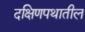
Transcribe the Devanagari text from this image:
दक्षिणपथातील